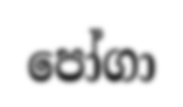
පෝගා